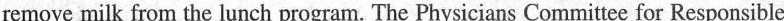
remove milk from the lunch program. The Physicians Committee for Responsible